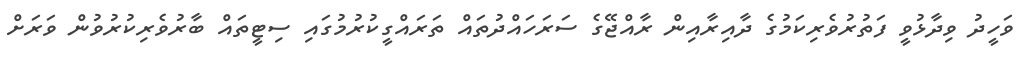
ވަހީދު ވިދާޅުވީ ފަތުރުވެރިކަމުގެ ދާއިރާއިން ރާއްޖޭގެ ސަރަހައްދުތައް ތަރައްގީކުރުމުގައި ސިޓީތައް ބާރުވެރިކުރުވުން ވަރަށް